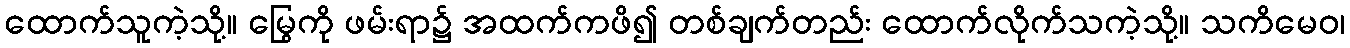
ထောက်သူကဲ့သို့။ မြွေကို ဖမ်းရာ၌ အထက်ကဖိ၍ တစ်ချက်တည်း ထောက်လိုက်သကဲ့သို့။ သကိမေဝ၊